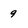
Character: 9